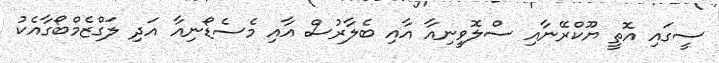
ސީގައި އޮތީ ޔޫކްރޭނާއި ސްލޮވީނިއާ އާއި ބެލާރުސް އާއި މެސެޑޯނިއާ އަދި ލަގްޒެމްބޯގާއެކު